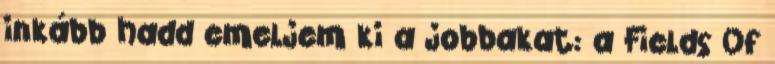
inkább hadd emeljem ki a jobbakat: a Fields Of